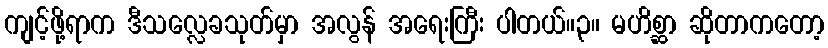
ကျင့်ဖို့ရာက ဒီသလ္လေခသုတ်မှာ အလွန် အရေးကြီး ပါတယ်။၃။ မဟိစ္ဆာ ဆိုတာကတော့